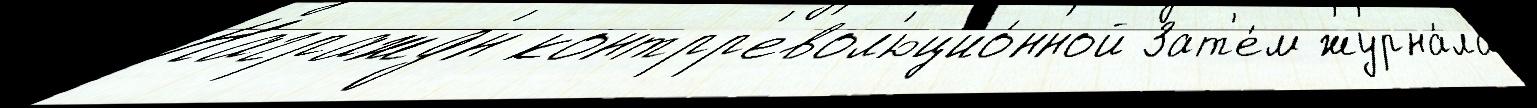
Награжд'́н контрр'евол'юцио́нной Зат'е́м журна́ла